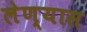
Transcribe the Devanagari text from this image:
लेण्यास